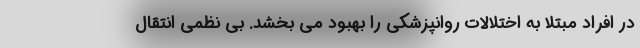
در افراد مبتلا به اختلالات روانپزشکی را بهبود می بخشد. بی نظمی انتقال